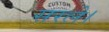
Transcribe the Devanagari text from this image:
सरले।